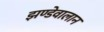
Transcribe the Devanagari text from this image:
झण्डेवालान